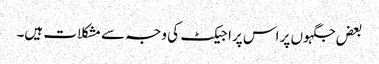
بعض جگہوں پر اس پراجیکٹ کی وجہ سے مشکلات ہیں۔